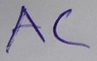
Text: AC